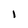
Character: l